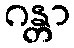
ဂန္တာ